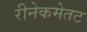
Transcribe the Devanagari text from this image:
रीनेकमेतट